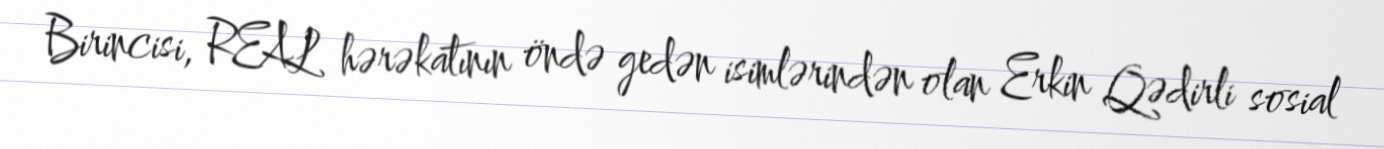
Birincisi, REAL hərəkatının öndə gedən isimlərindən olan Erkin Qədirli sosial